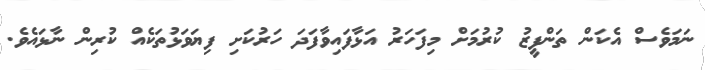
ނަމަވެސް އެކަން ތަންފީޒު ކުރުމަށް މިފަހަރު އަޅާފައިވާފަދަ ހަރުކަށި ފިޔަވަޅުތަކެއް ކުރިން ނާޅައެވެ.